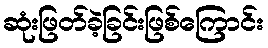
ဆုံးဖြတ်ခဲ့ခြင်းဖြစ်ကြောင်း